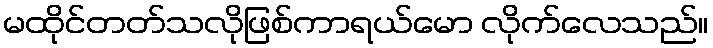
မထိုင်တတ်သလိုဖြစ်ကာရယ်မော လိုက်လေသည်။